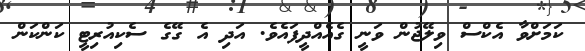
ކަމަށްވާ އެކްސް ވިލޭޖުން ވަނީ ގެއެއްދީފައެވެ. އަދި އެ ގޭގެ ސެކިއުރިޓީ ކަންކަން